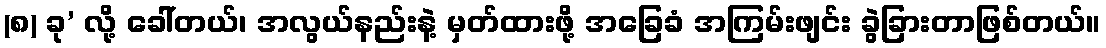
(၈) ခု’ လို့ ခေါ်တယ်၊ အလွယ်နည်းနဲ့ မှတ်ထားဖို့ အခြေခံ အကြမ်းဖျင်း ခွဲခြားတာဖြစ်တယ်။